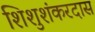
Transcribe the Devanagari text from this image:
शिशुशंकरदास